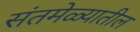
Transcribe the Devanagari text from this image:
संतमेळ्यातील